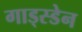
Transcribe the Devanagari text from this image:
गाड्स्डेन